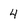
Character: 4